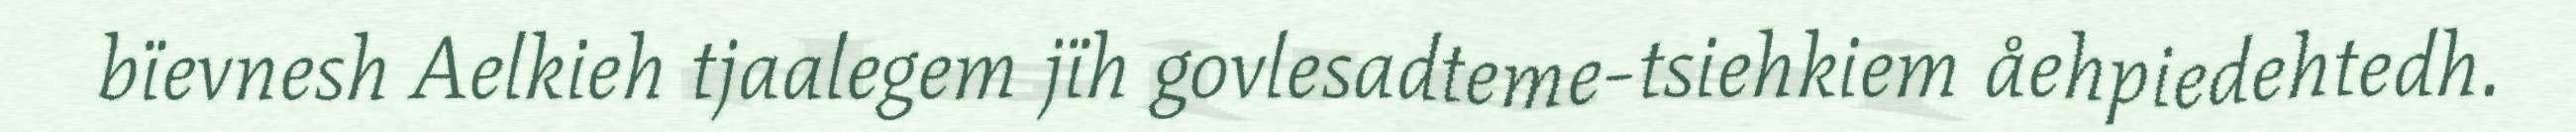
bïevnesh Aelkieh tjaalegem jïh govlesadteme-tsiehkiem åehpiedehtedh.